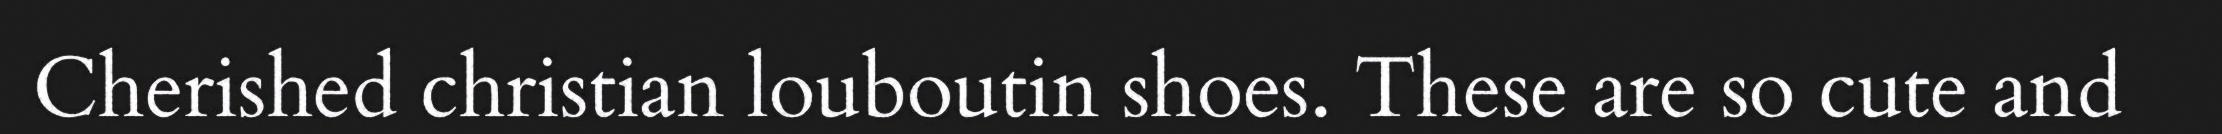
Cherished christian louboutin shoes. These are so cute and